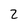
Character: 2